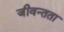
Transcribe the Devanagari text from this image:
जीवन्‍तता